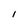
Character: I